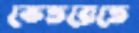
ভেতরেতে